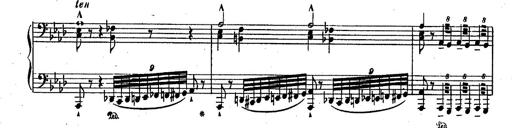
Title: RÃ©miniscences des Huguenots
Composer: Franz Liszt